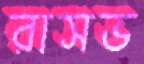
রাসভ